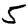
Digit: 5